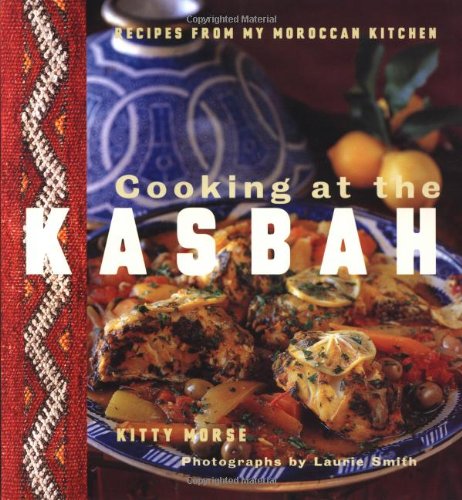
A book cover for Cooking at the Kasbah: Recipes from My Moroccan Kitchen; Kitty Morse; Cookbooks, Food & Wine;